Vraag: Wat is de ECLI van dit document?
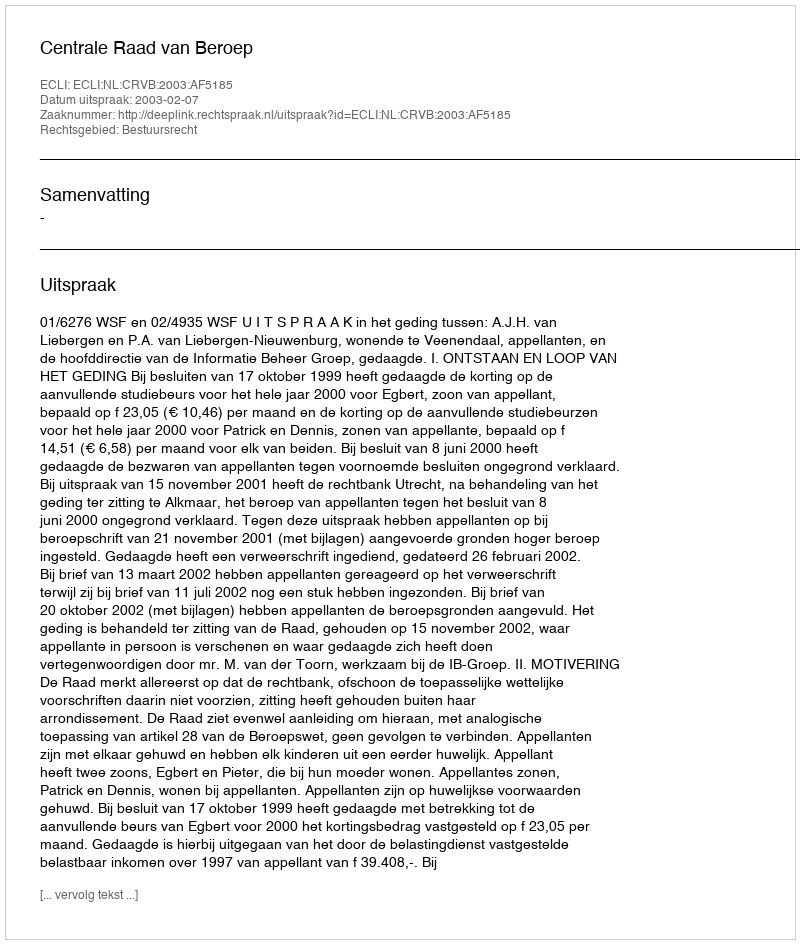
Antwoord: ECLI:NL:CRVB:2003:AF5185